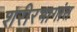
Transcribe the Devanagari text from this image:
शरीरभागांत